Annual report of the Imperial Bacteriologist
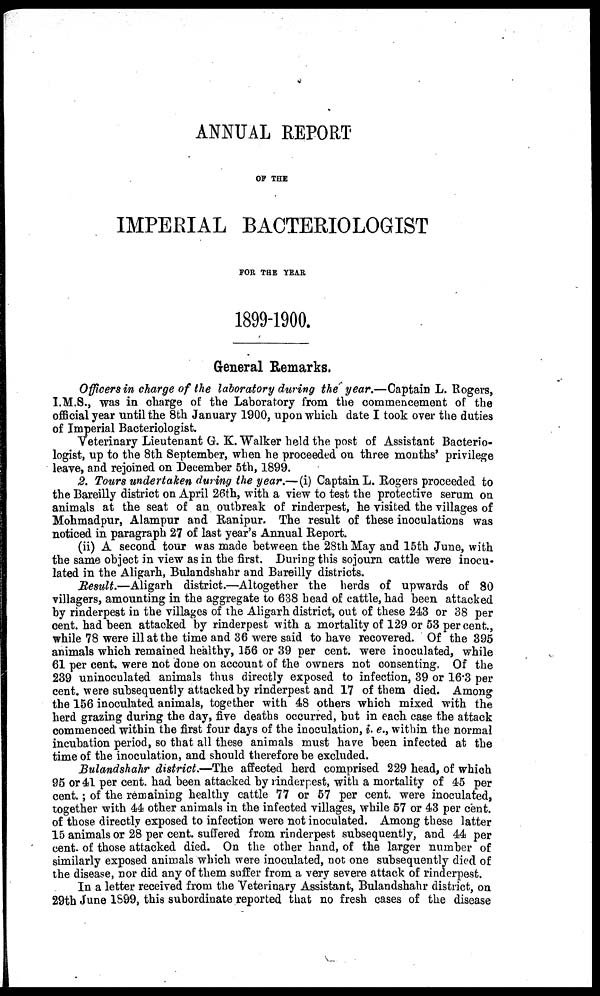
ANNUAL REPORT
OF THE
IMPERIAL BACTERIOLOGIST
FOR THE YEAR
1899-1900.
General Remarks.
Officers in charge of the laboratory during the year.—Captain L. Rogers,
I.M.S., was in charge of the Laboratory from the commencement of the
official year until the 8th January 1900, upon which date I took over the duties
of Imperial Bacteriologist.
Veterinary Lieutenant G. K. Walker held the post of Assistant Bacterio-
logist, up to the 8th September, when he proceeded on three months' privilege
leave, and rejoined on December 5th, 1899.
2. Tours undertaken during the year.—(i) Captain L. Rogers proceeded to
the Bareilly district on April 26th, with a view to test the protective serum on
animals at the seat of an outbreak of rinderpest, he visited the villages of
Mohmadpur, Alampur and Ranipur. The result of these inoculations was
noticed in paragraph 27 of last year's Annual Report.
(ii) A second tour was made between the 28th May and 15th June, with
the same object in view as in the first. During this sojourn cattle were inocu-
lated in the Aligarh, Bulandshahr and Bareilly districts.
Result.—Aligarh district.—Altogether the herds of upwards of 80
villagers, amounting in the aggregate to 638 head of cattle, had been attacked
by rinderpest in the villages of the Aligarh district, out of these 243 or 38 per
cent. had been attacked by rinderpest with a mortality of 129 or 53 per cent.,
while 78 were ill at the time and 36 were said to have recovered. Of the 395
animals which remained healthy, 156 or 39 per cent. were inoculated, while
61 per cent. were not done on account of the owners not consenting. Of the
239 uninoculated animals thus directly exposed to infection, 39 or 16.3 per
cent. were subsequently attacked by rinderpest and 17 of them died. Among
the 156 inoculated animals, together with 48 others which mixed with the
herd grazing during the day, five deaths occurred, but in each case the attack
commenced within the first four days of the inoculation, i. e., within the normal
incubation period, so that all these animals must have been infected at the
time of the inoculation, and should therefore be excluded.
Bulandshahr district.—The affected herd comprised 229 head, of which
95 or 41 per cent. had been attacked by rinderpest, with a mortality of 45 per
cent.; of the remaining healthy cattle 77 or 57 per cent. were inoculated,
together with 44 other animals in the infected villages, while 57 or 43 per cent.
of those directly exposed to infection were not inoculated. Among these latter
15 animals or 28 per cent. suffered from rinderpest subsequently, and 44 per
cent. of those attacked died. On the other hand, of the larger number of
similarly exposed animals which were inoculated, not one subsequently died of
the disease, nor did any of them suffer from a very severe attack of rinderpest.
In a letter received from the Veterinary Assistant, Bulandshahr district, on
29th June 1899, this subordinate reported that no fresh cases of the disease